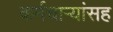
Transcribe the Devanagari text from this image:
कर्मचाऱ्यांसह